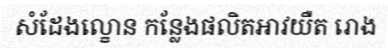
សំដែងល្ខោន កន្លែងផលិតអាវយឺត រោង